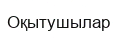
Оқытушылар